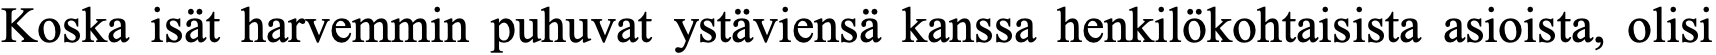
Koska isät harvemmin puhuvat ystäviensä kanssa henkilökohtaisista asioista, olisi